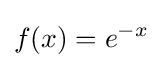
f(x)=e^{-x}